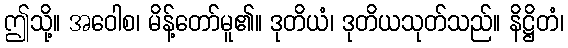
ဤသို့။ အဝေါစ၊ မိန့်တော်မူ၏။ ဒုတိယံ၊ ဒုတိယသုတ်သည်။ နိဋ္ဌိတံ၊